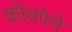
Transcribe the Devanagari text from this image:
कोकोचे